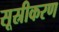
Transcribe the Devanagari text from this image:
सूस्रीकरण